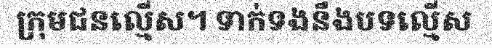
ក្រុមជនល្មើស។ ទាក់ទងនឹងបទល្មើស